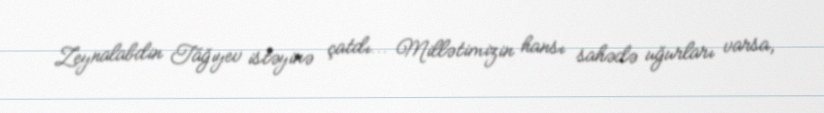
Zeynalabdin Tağıyev istəyinə çatdı... Millətimizin hansı sahədə uğurları varsa,